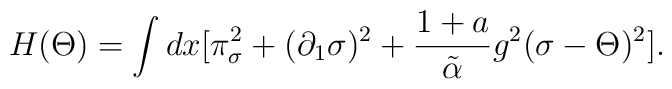
H(\Theta) = \int dx [\pi_\sigma^2 + (\partial_1\sigma)^2 + {{1+a}\over {\tilde\alpha}}g^2(\sigma -\Theta)^2].